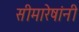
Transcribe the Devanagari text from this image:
सीमारेषांनी